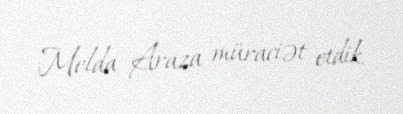
Melda Araza müraciət etdik.